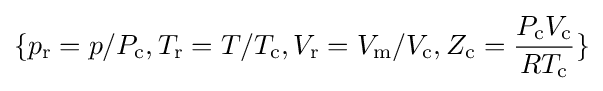
\{p_{\text{r}}=p/P_{\text{c}},T_{\text{r}}=T/T_{\text{c}},V_{\text{r}}=V_{\text{m}}/V_{\text{c}},Z_{\text{c}}={\frac {P_{\text{c}}V_{\text{c}}}{RT_{\text{c}}}}\}